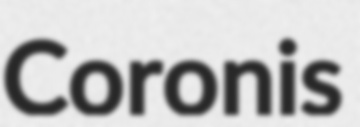
Coronis